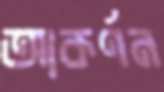
আকর্ণন